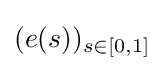
(e(s))_{s\in [0,1]}